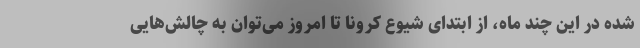
شده در این چند ماه، از ابتدای شیوع کرونا تا امروز می‌توان به چالش‌هایی